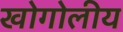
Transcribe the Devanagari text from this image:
खोगोलीय